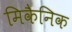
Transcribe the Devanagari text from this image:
मिकैनिक